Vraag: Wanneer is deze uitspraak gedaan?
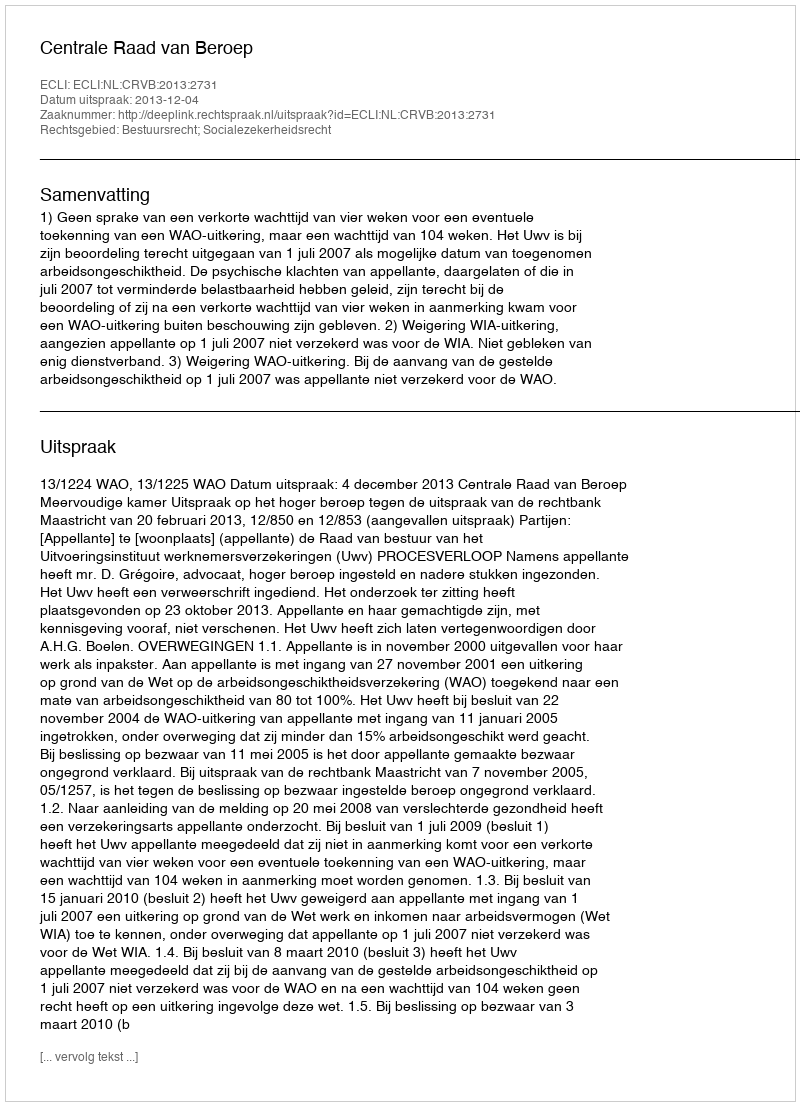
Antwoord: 2013-12-04